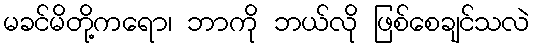
မခင်မိတို့ကရော၊ ဘာကို ဘယ်လို ဖြစ်စေချင်သလဲ